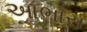
આભાસ